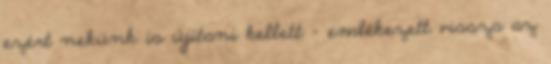
ezért nekünk is újítani kellett – emlékezett vissza az